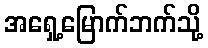
အရှေ့မြောက်ဘက်သို့